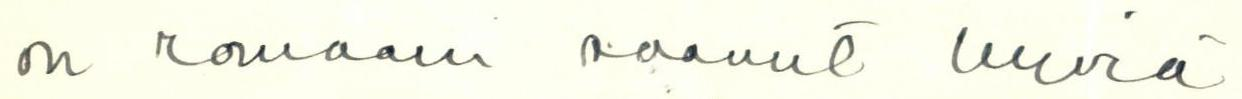
on romaani saanut hyviä